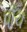
પાઁચ